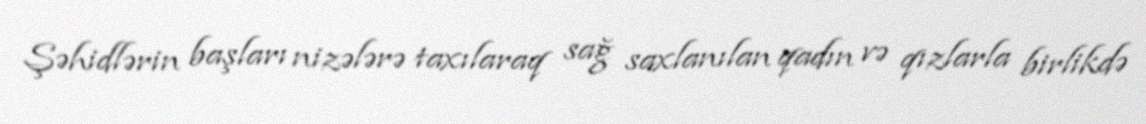
Şəhidlərin başları nizələrə taxılaraq sağ saxlanılan qadın və qızlarla birlikdə